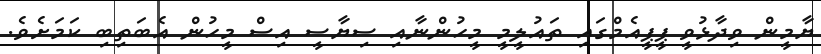
ޔާމީން ވިދާޅުވީ ޕީޕީއެމްގައި ތައުލީމީ މީހުންނާއި ސިޔާސީ އިސް މީހުން އެބަތިބި ކަމަށެވެ.